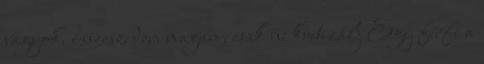
vagyok. összeszedem magam, csak ne kritizálj Egy férfi a